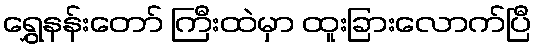
ရွှေနန်းတော် ကြီးထဲမှာ ထူးခြားလောက်ပြီ